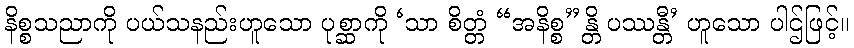
နိစ္စသညာကို ပယ်သနည်းဟူသော ပုစ္ဆာကို ‘သာ စိတ္တံ “အနိစ္စ”န္တိ ပဿန္တီ’ ဟူသော ပါဌ်ဖြင့်။